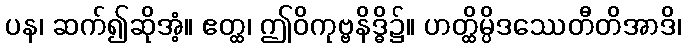
ပန၊ ဆက်၍ဆိုအံ့။ ဧတ္ထ၊ ဤဝိကုဗ္ဗနိဒ္ဓိ၌။ ဟတ္ထိမ္ပိဒဿေတီတိအာဒိ၊